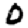
Digit: 0